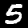
Label: 5